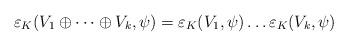
LaTeX: \begin{align*}\varepsilon_K(V_1 \oplus \cdots \oplus V_k,\psi) = \varepsilon_K(V_1,\psi) \ldots \varepsilon_K(V_k,\psi)\end{align*}